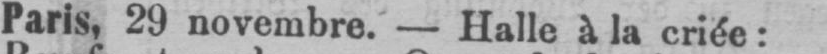
Paris, 29 novembre. - Halle à la criée: